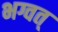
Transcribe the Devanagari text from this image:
भग्वत्